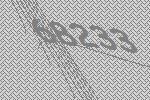
68233